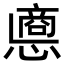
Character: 𢠀